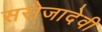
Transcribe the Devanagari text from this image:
सरोजादेवी